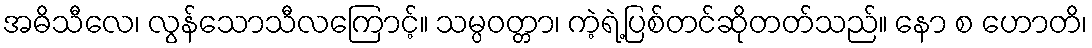
အဓိသီလေ၊ လွန်သောသီလကြောင့်။ သမ္ပဝတ္တာ၊ ကဲ့ရဲ့ပြစ်တင်ဆိုတတ်သည်။ နော စ ဟောတိ၊